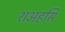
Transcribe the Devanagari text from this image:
शअहसि